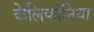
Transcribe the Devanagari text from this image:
केलिफोनिया